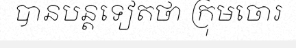
បានបន្តទៀតថា ក្រុមចោរ